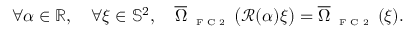
\forall \alpha \in \mathbb { R } , \quad \forall \xi \in \mathbb { S } ^ { 2 } , \quad \overline { { \Omega } } _ { \textnormal { \tiny { F C 2 } } } \big ( \mathcal { R } ( \alpha ) \xi \big ) = \overline { { \Omega } } _ { \textnormal { \tiny { F C 2 } } } ( \xi ) .